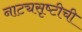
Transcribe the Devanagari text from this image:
नाट्यसृष्‍टीची